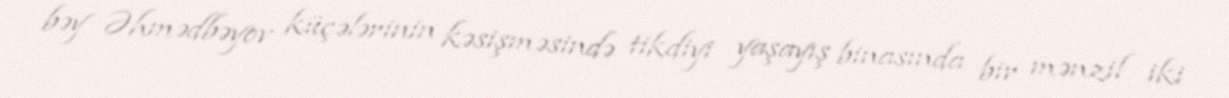
bəy Əhmədbəyov küçələrinin kəsişməsində tikdiyi yaşayış binasında bir mənzil iki